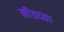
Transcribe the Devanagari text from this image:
मीडच्या